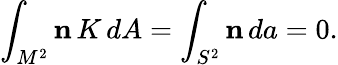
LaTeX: \int_{M^{2}}{\mathbf n}\, K\, dA=\int_{S^{2}}{\mathbf n}\, da=0.